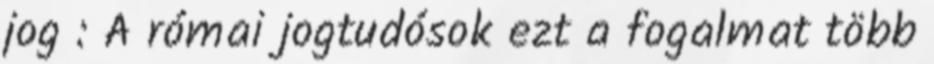
jog : A római jogtudósok ezt a fogalmat több